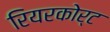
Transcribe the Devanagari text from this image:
रियरकोर्ट